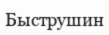
Быструшин